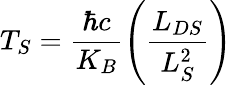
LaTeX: T_{S}=\frac{\hbar c}{K_{B}}\left(\frac{L_{DS}}{L_{S}^{2}}\right)